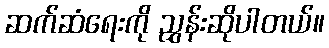
ဆက်ဆံရေးကို ညွှန်းဆိုပါတယ်။